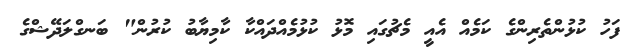
ފަހު ކުޅުންތެރިންގެ ކަމެއް އެއީ މެޗުގައި މޮޅު ކުޅުމެއްދައްކާ ކާމިޔާބު ކުރުން" ބަނގްލަދޭޝްގެ